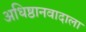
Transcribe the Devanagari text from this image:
अधिष्ठानवादाला